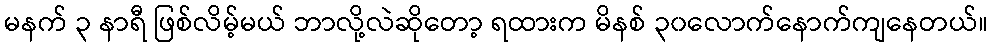
မနက် ၃ နာရီ ဖြစ်လိမ့်မယ် ဘာလို့လဲဆိုတော့ ရထားက မိနစ် ၃၀လောက်နောက်ကျနေတယ်။